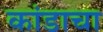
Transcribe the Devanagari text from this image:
कांडाचा